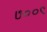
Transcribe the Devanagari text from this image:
७००९